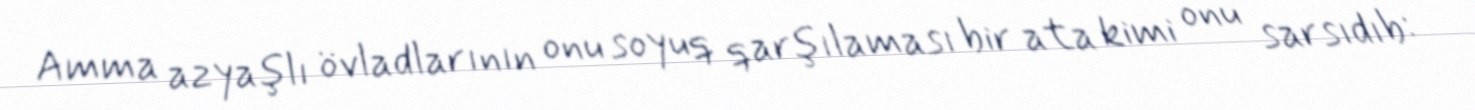
Amma azyaşlı övladlarının onu soyuq qarşılaması bir ata kimi onu sarsıdıb: